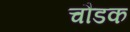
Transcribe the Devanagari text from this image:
चौडक